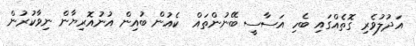
އަދުލުވެރި ގޮތެއްގައި ބެހި އަސާސީ ބޭނުންތައް  ކެއުން ބުއިން އުނުއޮރިޔާން ނިވާކުރުން